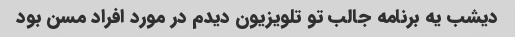
دیشب یه برنامه جالب تو تلویزیون دیدم در مورد افراد مسن بود